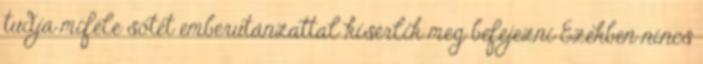
tudja miféle sötét emberutánzattal kísérlik meg befejezni Ezekben nincs